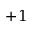
+ 1